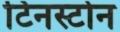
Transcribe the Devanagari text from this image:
टिनस्टोन